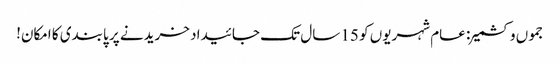
جموں وکشمیر: عام شہریوں کو 15 سال تک جائیداد خریدنے پر پابندی کا امکان!